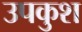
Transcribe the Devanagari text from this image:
उपकुश